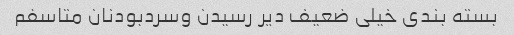
بسته بندی خیلی ضعیف دیر رسیدن وسردبودنان متاسفم